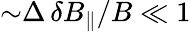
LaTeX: {\sim}\Delta\, \delta B_{\| }/B\ll 1